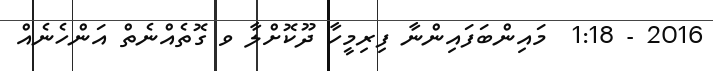
2016 - 1:18  މައިންބަފައިންނާ ފިރިމީހާ ދޫކޮށްލާ ވ ގޮތެއްނެތް އަންހެނެއް